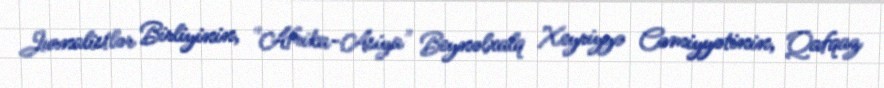
Jurnalistlər Birliyinin, "Afrika-Asiya" Beynəlxalq Xeyriyyə Cəmiyyətinin, Qafqaz